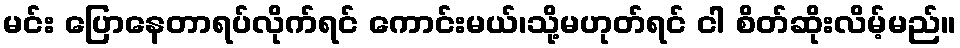
မင်း ပြောနေတာရပ်လိုက်ရင် ကောင်းမယ်၊သို့မဟုတ်ရင် ငါ စိတ်ဆိုးလိမ့်မည်။